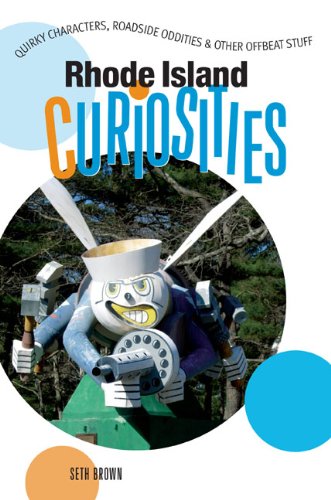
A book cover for Rhode Island Curiosities: Quirky Characters, Roadside Oddities & Other Offbeat Stuff (Curiosities Series); Seth Brown; Travel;